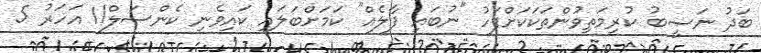
ބަދު ނަޞީބު ކުރިމަތިވުންތަކަކަށްފަހު "ނުބައި ފާލެއް" ކަމަށްބަލައި ކައިވެނި ކެންސަލް!1 އަހަރު 5